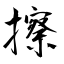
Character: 擦